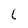
Character: 6